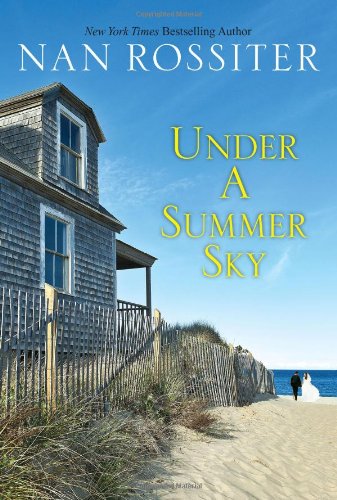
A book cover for Under a Summer Sky; Nan Rossiter; Literature & Fiction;